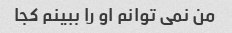
من نمی توانم او را ببینم کجا